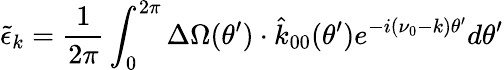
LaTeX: {\tilde{\epsilon}}_{k}=\frac{1}{2\pi}\int_{0}^{2\pi}\Delta\Omega(\theta^{\prime})\cdot\hat{k}_{00}(\theta^{\prime})e^{-i(\nu_{0}-k)\theta^{\prime}}d\theta^{\prime}